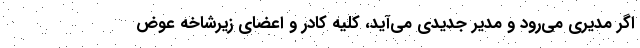
اگر مدیری می‌رود و مدیر جدیدی می‌آید، کلیه کادر و اعضای زیرشاخه عوض